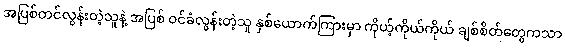
အပြစ်တင်လွန်းတဲ့သူနဲ့ အပြစ် ဝင်ခံလွန်းတဲ့သူ နှစ်ယောက်ကြားမှာ ကိုယ့်ကိုယ်ကိုယ် ချစ်စိတ်တွေကသာ